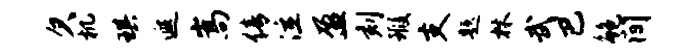
欠机琪遐嵩倩泣盈刻瑕支题林武巴鲍间